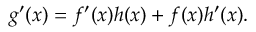
g ^ { \prime } ( x ) = f ^ { \prime } ( x ) h ( x ) + f ( x ) h ^ { \prime } ( x ) .